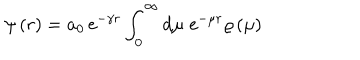
\psi \left( r \right) = a _ { 0 } \, \mathrm { e } ^ { - \gamma r } \int _ { 0 } ^ { \infty } \mathrm { d } \mu \; \mathrm { e } ^ { - \mu r } \varrho \left( \mu \right)